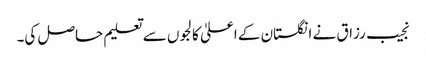
نجیب رزاق نے انگلستان کے اعلیٰ کالجوں سے تعلیم حاصل کی۔